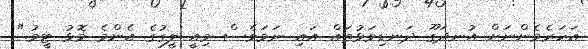
އަހަރެމެންނަށް އުނދަގޫ ދަނޑިވަޅުތައް އައި ނަމަވެސް މިއީ ލީގުގެ އެންމެ މޮޅު ޓީމު."